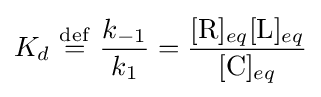
K_{d}\ {\stackrel {\mathrm {def} }{=}}\ {\frac {k_{-1}}{k_{1}}}={\frac {[{\mathrm {R} }]_{eq}[{\mathrm {L} }]_{eq}}{[{\mathrm {C} }]_{eq}}}